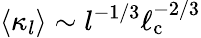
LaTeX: \langle\kappa_{l}\rangle\sim l^{-1/3}\ell_{\mathrm{c}}^{-2/3}